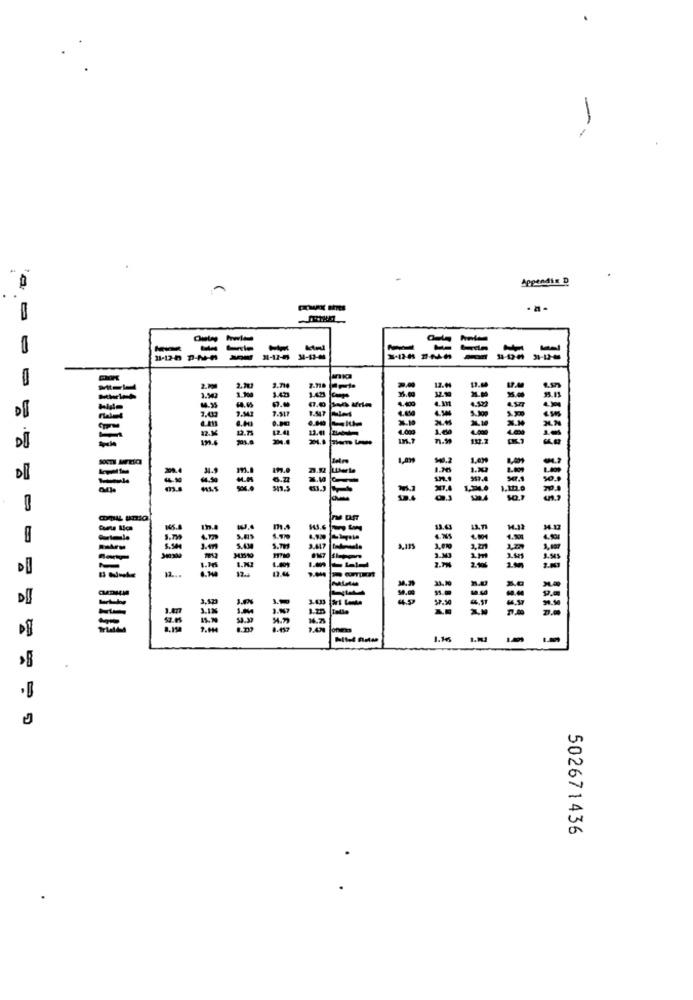
-
Appendix D
-
= =
=====
1.
3.50
-
off
7.917
DU
=
=
2.79
3,57
=
--
1
502671436